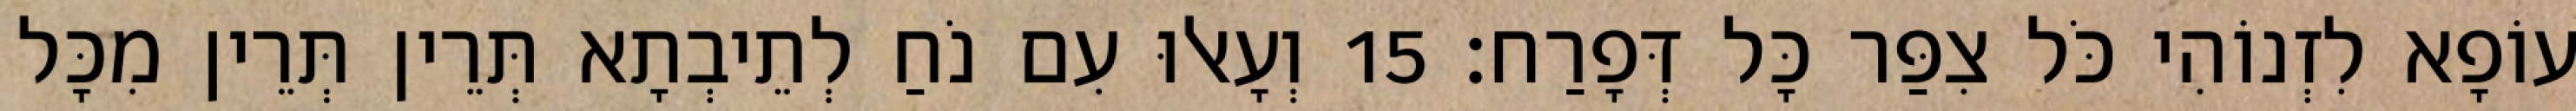
עוֹפָא לִזְנוֹהִי כֹּל צִפַּר כָּל דְּפָרַח׃ 15 וְעָאלוּ עִם נֹחַ לְתֵיבְתָא תְּרֵין תְּרֵין מִכָּל